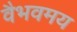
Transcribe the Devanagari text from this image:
वैभवमय